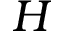
H